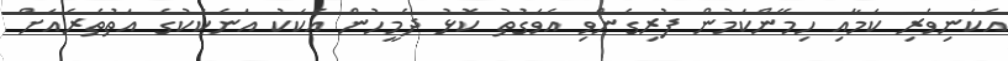
އެކަނިވެރި ކަމާއި ހިމޭންކަމުން ފުރިގެންވި އެވަގުތު ކޮޅު ދެމީހުން އެކަކު އަނެކަކުގެ އަތުތެރެއަށް